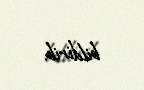
bildirib.